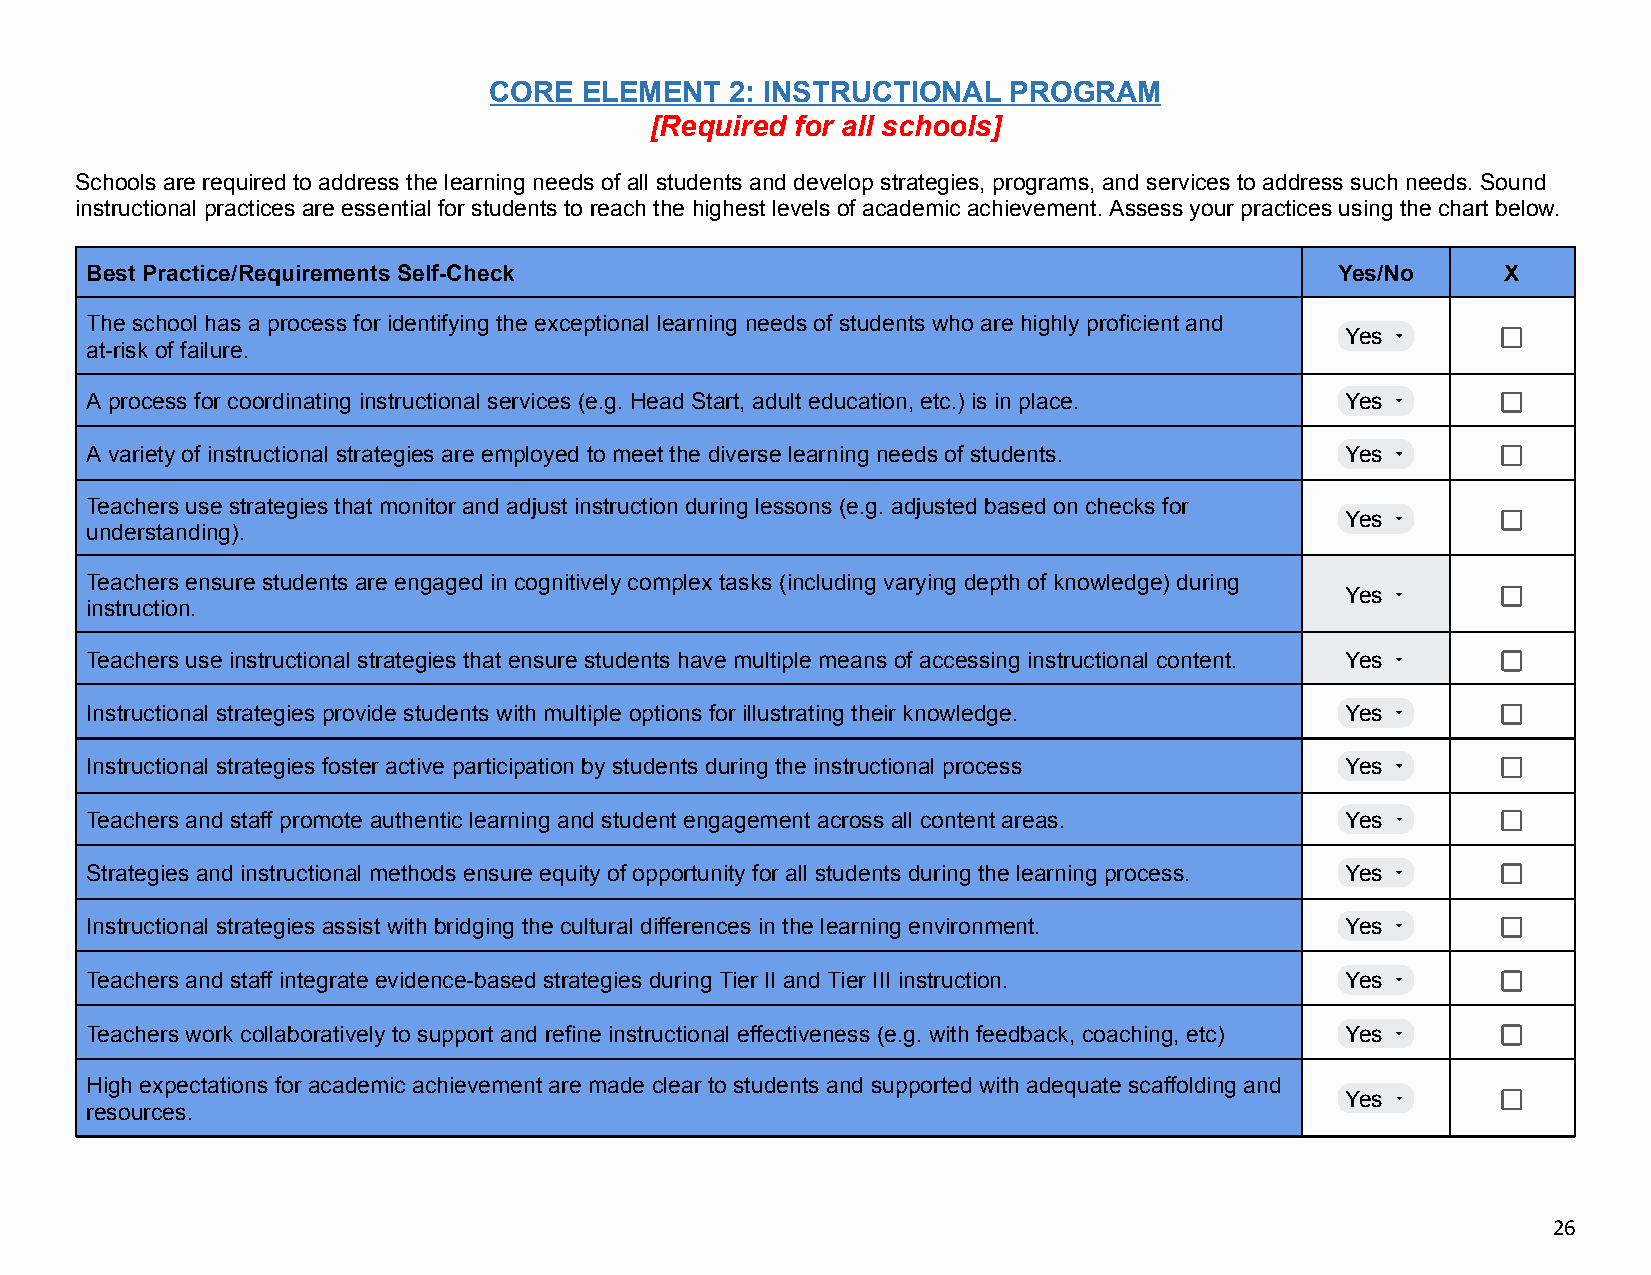
CORE  ELEMENT   2: INSTRUCTIONAL   PROGRAM
 [Required for all schools]
 Schools are required to address the learning needs of all students and develop strategies, programs, and services to address such needs. Sound
 instructional practices are essential for students to reach the highest levels of academic achievement. Assess your practices using the chart below.
 Best Practice/Requirements Self-Check                                              Yes/No     X
 The school has a process for identifying the exceptional learning needs of students who are highly proficient and
 Yes
 at-risk of failure.
 A process for coordinating instructional services (e.g. Head Start, adult education, etc.) is in place. Yes
 A variety of instructional strategies are employed to meet the diverse learning needs of students. Yes
 Teachers use strategies that monitor and adjust instruction during lessons (e.g. adjusted based on checks for
 Yes
 understanding).
 Teachers ensure students are engaged in cognitively complex tasks (including varying depth of knowledge) during
 Yes
 instruction.
 Teachers use instructional strategies that ensure students have multiple means of accessing instructional content. Yes
 Instructional strategies provide students with multiple options for illustrating their knowledge. Yes
 Instructional strategies foster active participation by students during the instructional process Yes
 Teachers and staff promote authentic learning and student engagement across all content areas. Yes
 Strategies and instructional methods ensure equity of opportunity for all students during the learning process. Yes
 Instructional strategies assist with bridging the cultural differences in the learning environment. Yes
 Teachers and staff integrate evidence-based strategies during Tier II and Tier III instruction. Yes
 Teachers work collaboratively to support and refine instructional effectiveness (e.g. with feedback, coaching, etc) Yes
 High expectations for academic achievement are made clear to students and supported with adequate scaffolding and
 Yes
 resources.
 26